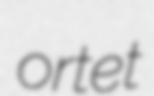
ortet